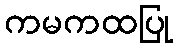
ကမကထပြု